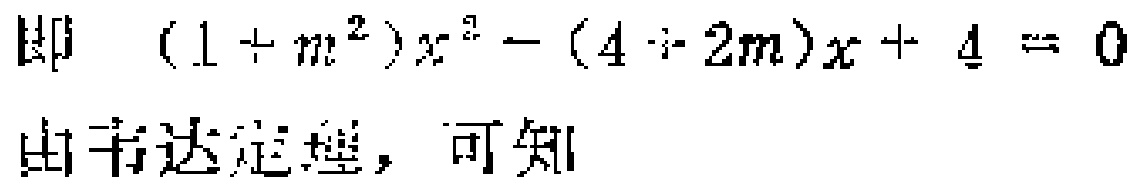
即 \((1 + m^{2})x^{2}-(4 + 2m)x + 4 = 0\)
由韦达定理，可知